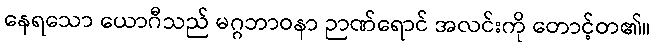
နေရသော ယောဂီသည် မဂ္ဂဘာဝနာ ဉာဏ်ရောင် အလင်းကို တောင့်တ၏။